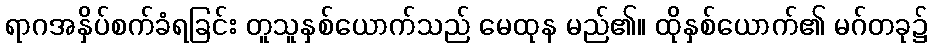
ရာဂအနှိပ်စက်ခံရခြင်း တူသူနှစ်ယောက်သည် မေထုန မည်၏။ ထိုနှစ်ယောက်၏ မဂ်တခု၌